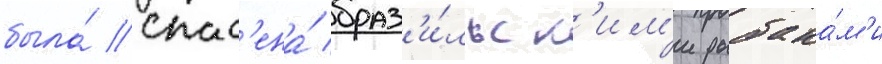
была́ спас'ена́ браз'и́льск'им'и рыбака́м'и